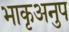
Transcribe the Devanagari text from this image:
भाकृअनुप